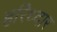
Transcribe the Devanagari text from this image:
हरिध्दार